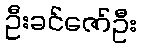
ဦးခင်ဇော်ဦး